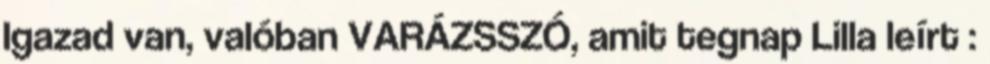
Igazad van, valóban VARÁZSSZÓ, amit tegnap Lilla leírt :